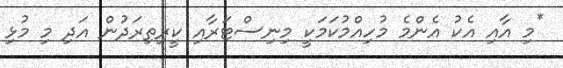
*މި އާއި އެކު އެންމެ މުހިއްމުކަމަކީ މިނިސްޓަރާއި ކީރިތިރަދުން އަދި މި މުޅި